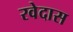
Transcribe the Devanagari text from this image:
रवेदास